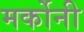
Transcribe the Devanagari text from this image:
मर्कोनी